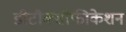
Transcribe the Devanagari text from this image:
डीटौक्सीफीकेशन